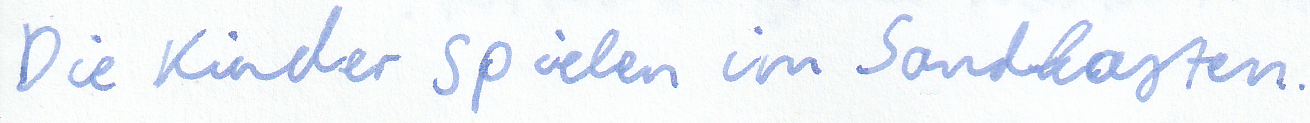
Die Kinder spielen im Sandkasten.